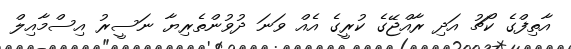
އާތިފްގެ ކޯޗު އަދި ރާއްޖޭގެ ކުރީގެ އެއް ވަނަ ދުވުންތެރިޔާ ނަސީރު އިސްމާއިލް